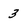
Character: 3